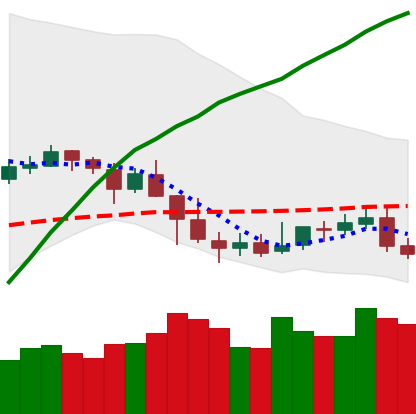
Ticker: NEO-USD
Chart end date: 2019-05-05
Forward return: -5.496%
Label: down_5_7